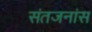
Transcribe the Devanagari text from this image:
संतजनांस